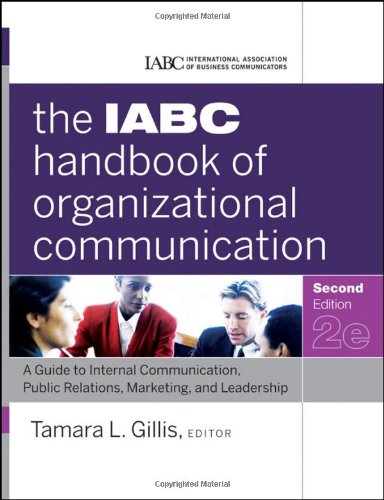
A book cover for The IABC Handbook of Organizational Communication: A Guide to Internal Communication, Public Relations, Marketing, and Leadership; Tamara Gillis; Business & Money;